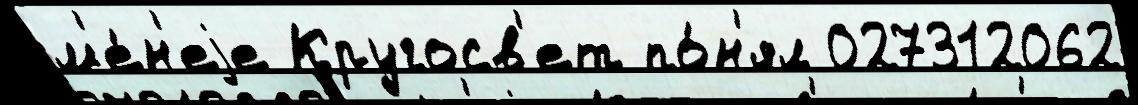
м'е́н'еjе Кругосв'ет по́н'ял 027312062